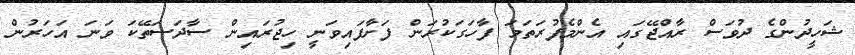
ޝަހީދުންގެ ދުވަސް ރާއްޖޭގައި އެންމެފުރަތަމަ ފާހަގަކުރަން ފަށާފައިވަނީ ހިޖުރައިން ސާދަސަތޭކަ ވަނަ އަހަރުން